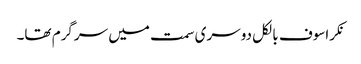
نکراسوف بالکل دوسری سمت میں سرگرم تھا۔